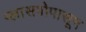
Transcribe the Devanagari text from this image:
ग्लासगोपासून